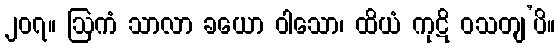
၂၀၇။ ဩကံ သာလာ ခယော ဝါသော၊ ထိယံ ကုဋိ ဝသတျ’ပိ။